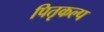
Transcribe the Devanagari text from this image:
पितृकल्प